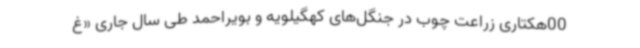
00هکتاری زراعت چوب در جنگل‌های کهگیلویه و بویراحمد طی سال جاری «غ